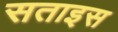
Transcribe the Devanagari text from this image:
सताइस